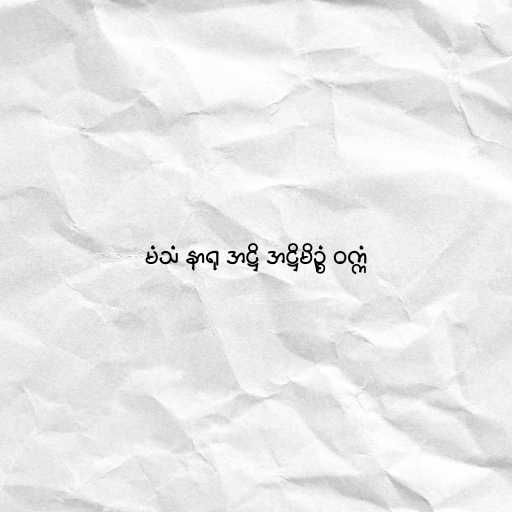
မံသံ နာရု အဋ္ဌိ အဋ္ဌိမိဥ္စံ ဝက္ကံ